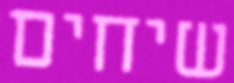
שיחים